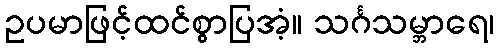
ဥပမာဖြင့်ထင်စွာပြအံ့။ သင်္ဂသမ္ဘာရေ၊